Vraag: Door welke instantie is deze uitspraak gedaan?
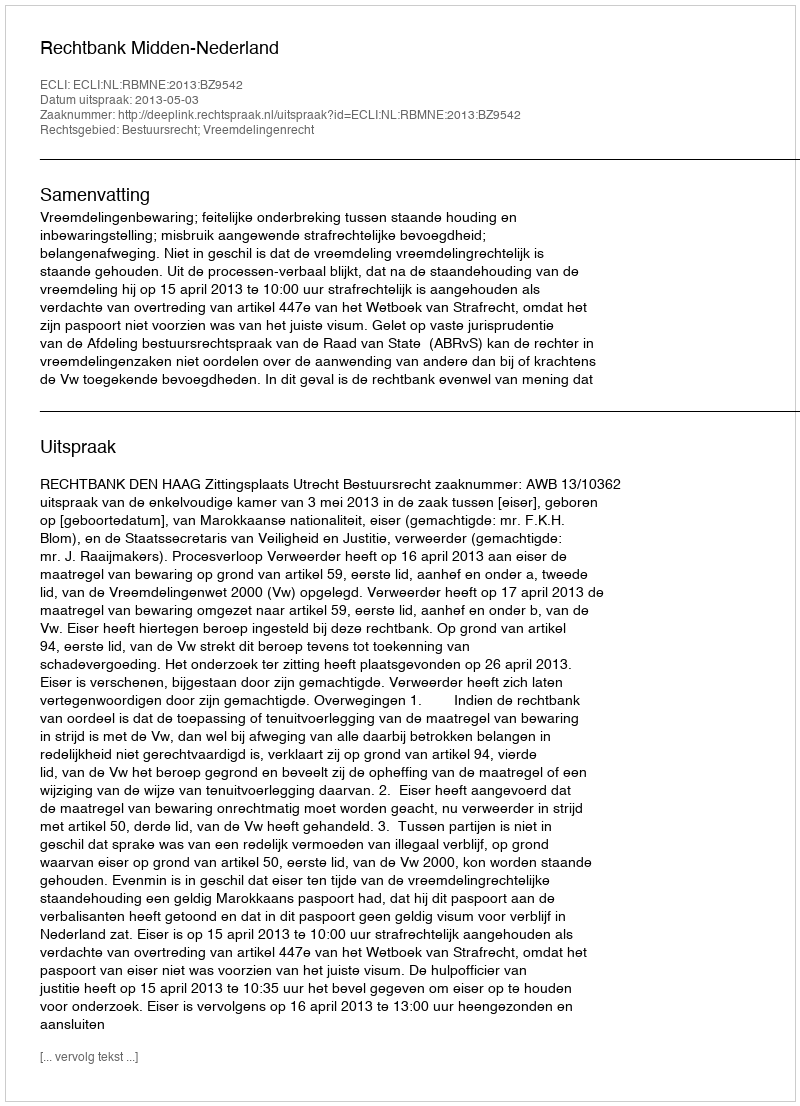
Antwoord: Rechtbank Midden-Nederland